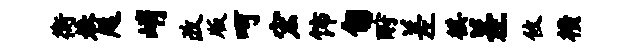
衡巷咫峭改版呵宏饰匍酹差棋差攸横